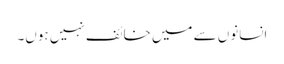
انسانوں سے میں خائف نہیں ہوں۔